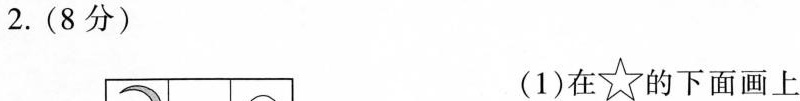
2.(8分)(1)在☆的下面画上。